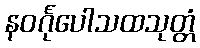
နဝင်္ဂုပေါသထသုတ္တံ